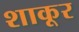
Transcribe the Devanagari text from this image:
शाकूर